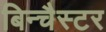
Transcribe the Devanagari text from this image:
बिन्चैस्टर